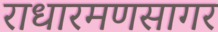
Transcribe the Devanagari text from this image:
राधारमणसागर